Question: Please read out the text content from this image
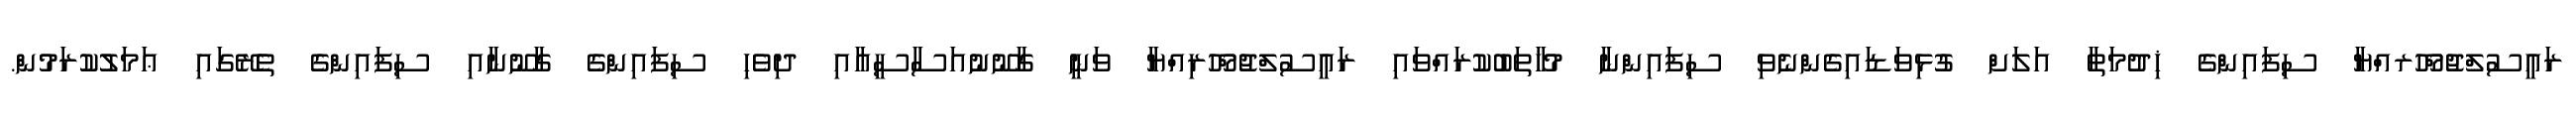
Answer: ރައީސުލްޖުމްހޫރއްޔާ ސިފައިންގެ ޚިދުމަތާ އަލަށް ގުޅިވަޑައިގެންނެވި ސިފައިންނާ މުޚާތަބުކުރައްވައި ރައީސުލްޖުމްހޫރިއްޔާ ވަނީ ގާނޫނުއަސާސީއާއި ދިވެހި ސިފައިންގެ ގާނޫނާއި ސިފައިންގެ ތެރޭގައި ޢަމަލުކުރަމުން.